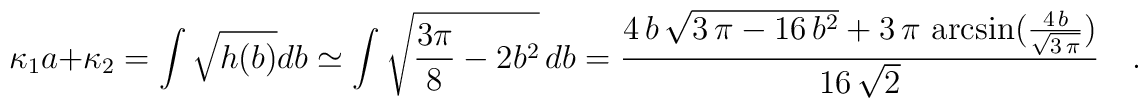
\kappa_1a+\kappa_2=\int \sqrt{h(b)} db \simeq \int\sqrt{\frac{3\pi}{8}-2b^2}\, db ={\frac{4\,b\,{\sqrt{3\,\pi-16\,{b^2}  }} + 3\,\pi \,\arcsin ({\frac{4\,b}{{ \sqrt{3\,\pi}}}})}   {16\,{\sqrt{2}}}} \quad .